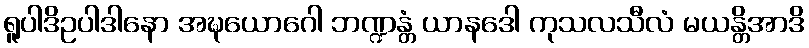
ရူပါဒိဥပါဒါနော အဍ္ဎယောဂေါ ဘဏ္ဍန္တံ ယာနဒေါ ကုသလသီလံ မယန္တိအာဒိ